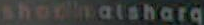
shormalsharq